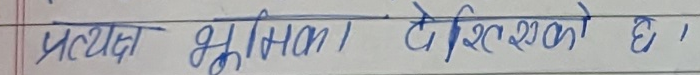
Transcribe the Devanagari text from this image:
प्रत्यक्ष भूमिका । देश शिक्षाको हो ।